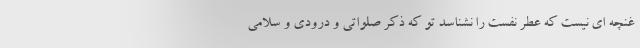
غنچه ای نیست که عطر نفست را نشناسد تو که ذکر صلواتی و درودی و سلامی